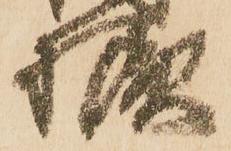
様